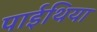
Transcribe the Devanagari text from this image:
पाईथिया